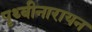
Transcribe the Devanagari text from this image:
पृथ्बीनारायन